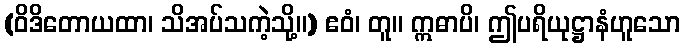
(ဝိဒိတောယထာ၊ သိအပ်သကဲ့သို့။) ဧဝံ၊ တူ။ ဣဓာပိ၊ ဤပရိယုဋ္ဌာနံဟူသော